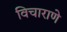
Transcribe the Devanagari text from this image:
विचाराणे